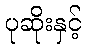
ပုဆိုးနှင့်